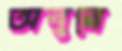
অবুরে